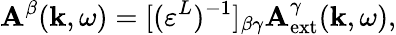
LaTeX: {\mathbf A}^{\beta}({\mathbf k},\omega)=[(\varepsilon^{L})^{-1}]_{\beta\gamma}{\mathbf A}_{\mathrm{ext}}^{\gamma}({\mathbf k},\omega),